Annual administration report of the Civil Veterinary Department of India - 1895-1896
Year: 1895
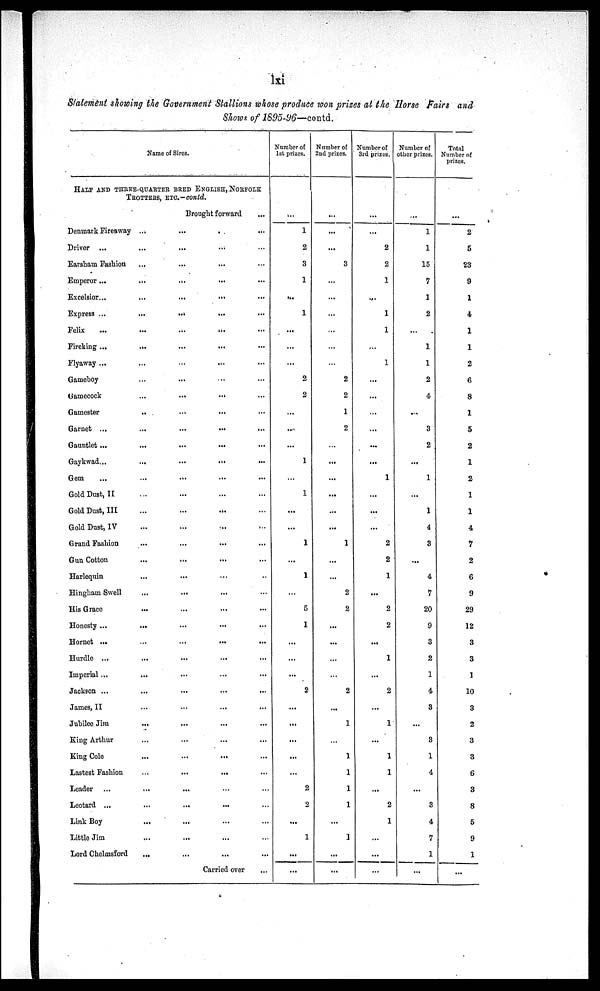
lxi
Statement showing the Government Stallions whose produce won prizes at the Horse Fairs and
Shows of 1895-96—contd.
Name of Sires.
HALF AND THREE-QUARTER BRED ENGLISH, NORFOLK
TROTTERS
ETC.-contd.
Brought forward...
Denmark Fireaway...
..
...
...
Driver...
...
... ...
Earsham Fashion...
...
... ...
Emperor ......
...
...
...
Excelsior...
...
...
...
...
Express .... ... ...
....
Felix...
...
...
...
Fireking ...
...
...
...
...
Flyaway ...
...
...
...
...
Gameboy
...
... ... ...
Gamecock
...
...
...
...
Gamester...
...
... ...
Garnet .. ... ...
....
...
Gauntlet ...
...
...
...
...
Gaykwad...
...
...
...
...
Gem
...
...
...
...
Gold Dust, II
...
...
...
Gold Dust, III
...
...
... ...
Gold Dust, IV...
...
... ...
Grand Fashion
...
...
...
...
Gun Cotton
...
...
...
...
Harlequin
...
... ... ...
Hingham Swell
...
...
... ...
His Grace
...
...
...
...
Honesty ...
...
...
...
...
Hornet
...
...
...
...
...
Hurdle ...
...
...
...
...
Imperial ...
...
...
...
...
Jackson ...
...
...
...
...
James, II
...
...
...
...
Jubilee Jim
...
...
...
...
King Arthur
...
...
...
King Cole
...
...
...
...
Lastest Fashion
...
...
...
Leader
...
... ... ...
Leotard ...
...
...
...
...
Link Boy
...
...
...
Little Jim
...
...
...
...
Lord Chelmsford
...
...
...
Carried over
...
Number of
1st prizes.
...
1
2
3
1
...
1
...
...
...
2
2
...
....
...
1
...
1
...
...
1
...
1
...
5
1
...
...
...
2
...
...
...
...
...
2
2
...
1
...
...
Number of
2nd prizes.
...
...
...
3
...
...
...
...
...
...
2
2
1
2
...
...
...
...
...
1
...
...
2
2
...
...
...
...
2
...
1
...
1
1
1
1
...
1
...
...
Number of
3rd prizes.
...
...
2
2
1
...
1
1
...
1
...
...
...
...
...
...
1
...
...
...
2
2
1
...
2
2
...
1
...
2
...
1
...
1
1
...
2
1
...
...
...
Number of
other prizes.
...
1
1
15
7
1
2
...
1
1
2
4
...
3
2
...
1
...
1
4
3
...
4
1
20
9
3
2
1
4
3
...
3
1
4
...
3
4
7
1
...
Total
Number of
prizes.
...
2
5
23
9
1
4
1
1
2
6
8
1
5
2
1
2
1
1
4
7
2
6
9
29
12
3
3
1
10
3
2
3
3
6
3
8
5
9
1
...